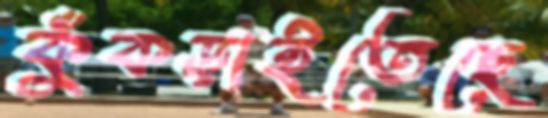
কুঁকড়াইতেছে